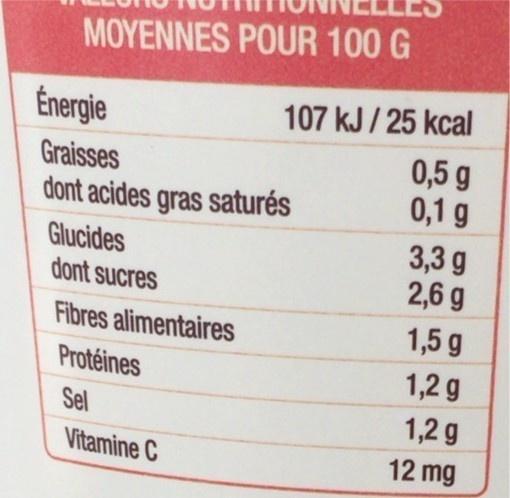
MOYENNES POUR 100 G
Énergie
107 kJ / 25 kcal
0,5 g 0,1 g
Graisses
dont acides gras saturés
Glucides dont sucres
3,3 g 2,6 g
Fibres alimentaires
1,5 g
Protéines
1,2 g
Sel
1,2 g
Vitamine C
12 mg